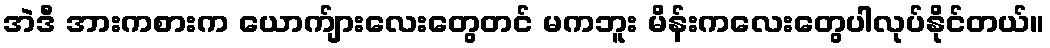
အဲဒီ အားကစားက ယောက်ျားလေးတွေတင် မကဘူး မိန်းကလေးတွေပါလုပ်နိုင်တယ်။